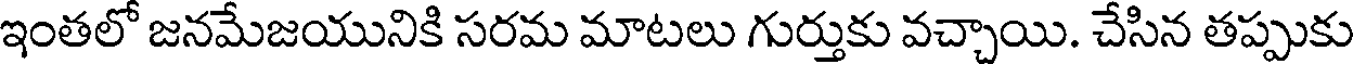
ఇంతలో జనమేజయునికి సరమ మాటలు గుర్తుకు వచ్చాయి. చేసిన తప్పుకు